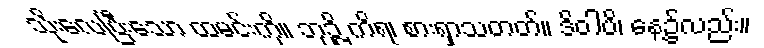
သိုးလေပြီးသော ထမင်းကို။ ဘုဉ္ဇိ ကိရ၊ စားရှာသတတ်။ ဒိဝါပိ၊ နေ့၌လည်း။